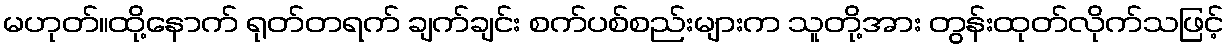
မဟုတ်။ထို့နောက် ရုတ်တရက် ချက်ချင်း စက်ပစ်စည်းများက သူတို့အား တွန်းထုတ်လိုက်သဖြင့်